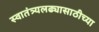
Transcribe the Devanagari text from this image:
स्वातंत्र्यलढ्यासाठीच्या